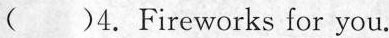
( )4.Fireworks for you.